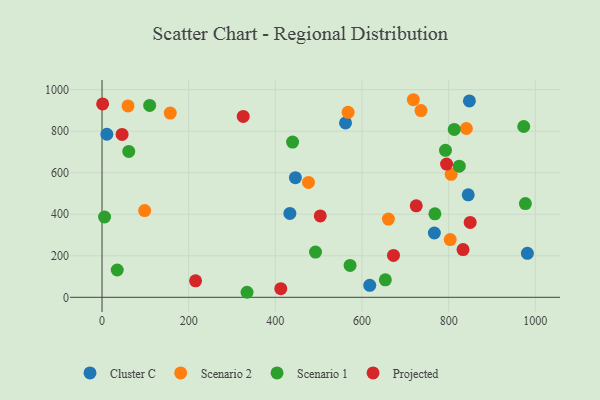
{"axis": {"x": "Price", "y": "Demand"}, "legend": ["Cluster C", "Projected", "Scenario 1", "Scenario 2"], "data": [{"x": "847.9", "y": 945.9, "type": "Cluster C"}, {"x": "446.3", "y": 576.0, "type": "Cluster C"}, {"x": "433.6", "y": 404.2, "type": "Cluster C"}, {"x": "562.0", "y": 840.0, "type": "Cluster C"}, {"x": "617.9", "y": 57.7, "type": "Cluster C"}, {"x": "981.7", "y": 211.8, "type": "Cluster C"}, {"x": "11.2", "y": 785.4, "type": "Cluster C"}, {"x": "845.2", "y": 493.4, "type": "Cluster C"}, {"x": "767.0", "y": 309.7, "type": "Cluster C"}, {"x": "718.5", "y": 951.6, "type": "Scenario 2"}, {"x": "60.0", "y": 921.6, "type": "Scenario 2"}, {"x": "98.4", "y": 417.5, "type": "Scenario 2"}, {"x": "803.6", "y": 277.8, "type": "Scenario 2"}, {"x": "840.8", "y": 812.9, "type": "Scenario 2"}, {"x": "567.9", "y": 891.0, "type": "Scenario 2"}, {"x": "476.5", "y": 553.4, "type": "Scenario 2"}, {"x": "805.8", "y": 592.1, "type": "Scenario 2"}, {"x": "736.2", "y": 899.5, "type": "Scenario 2"}, {"x": "157.5", "y": 887.4, "type": "Scenario 2"}, {"x": "661.0", "y": 377.0, "type": "Scenario 2"}, {"x": "35.1", "y": 131.5, "type": "Scenario 1"}, {"x": "977.1", "y": 451.3, "type": "Scenario 1"}, {"x": "61.7", "y": 702.4, "type": "Scenario 1"}, {"x": "334.7", "y": 24.2, "type": "Scenario 1"}, {"x": "973.3", "y": 822.6, "type": "Scenario 1"}, {"x": "110.0", "y": 924.2, "type": "Scenario 1"}, {"x": "812.9", "y": 808.6, "type": "Scenario 1"}, {"x": "492.7", "y": 218.0, "type": "Scenario 1"}, {"x": "768.3", "y": 402.1, "type": "Scenario 1"}, {"x": "653.9", "y": 84.1, "type": "Scenario 1"}, {"x": "5.9", "y": 386.8, "type": "Scenario 1"}, {"x": "572.5", "y": 153.6, "type": "Scenario 1"}, {"x": "824.5", "y": 631.6, "type": "Scenario 1"}, {"x": "439.8", "y": 747.6, "type": "Scenario 1"}, {"x": "792.7", "y": 708.0, "type": "Scenario 1"}, {"x": "795.2", "y": 641.8, "type": "Projected"}, {"x": "503.7", "y": 391.9, "type": "Projected"}, {"x": "1.4", "y": 931.3, "type": "Projected"}, {"x": "325.9", "y": 871.4, "type": "Projected"}, {"x": "46.3", "y": 784.7, "type": "Projected"}, {"x": "725.2", "y": 440.5, "type": "Projected"}, {"x": "833.2", "y": 230.1, "type": "Projected"}, {"x": "849.7", "y": 360.8, "type": "Projected"}, {"x": "672.7", "y": 201.8, "type": "Projected"}, {"x": "412.6", "y": 41.4, "type": "Projected"}, {"x": "215.9", "y": 79.3, "type": "Projected"}]}